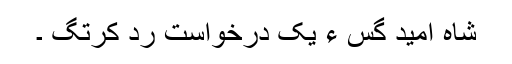
شاہ امید گِس ءَ یک درخواست رد کرتگ ۔